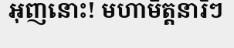
អុញនោះ! មហាមិត្តនារីៗ